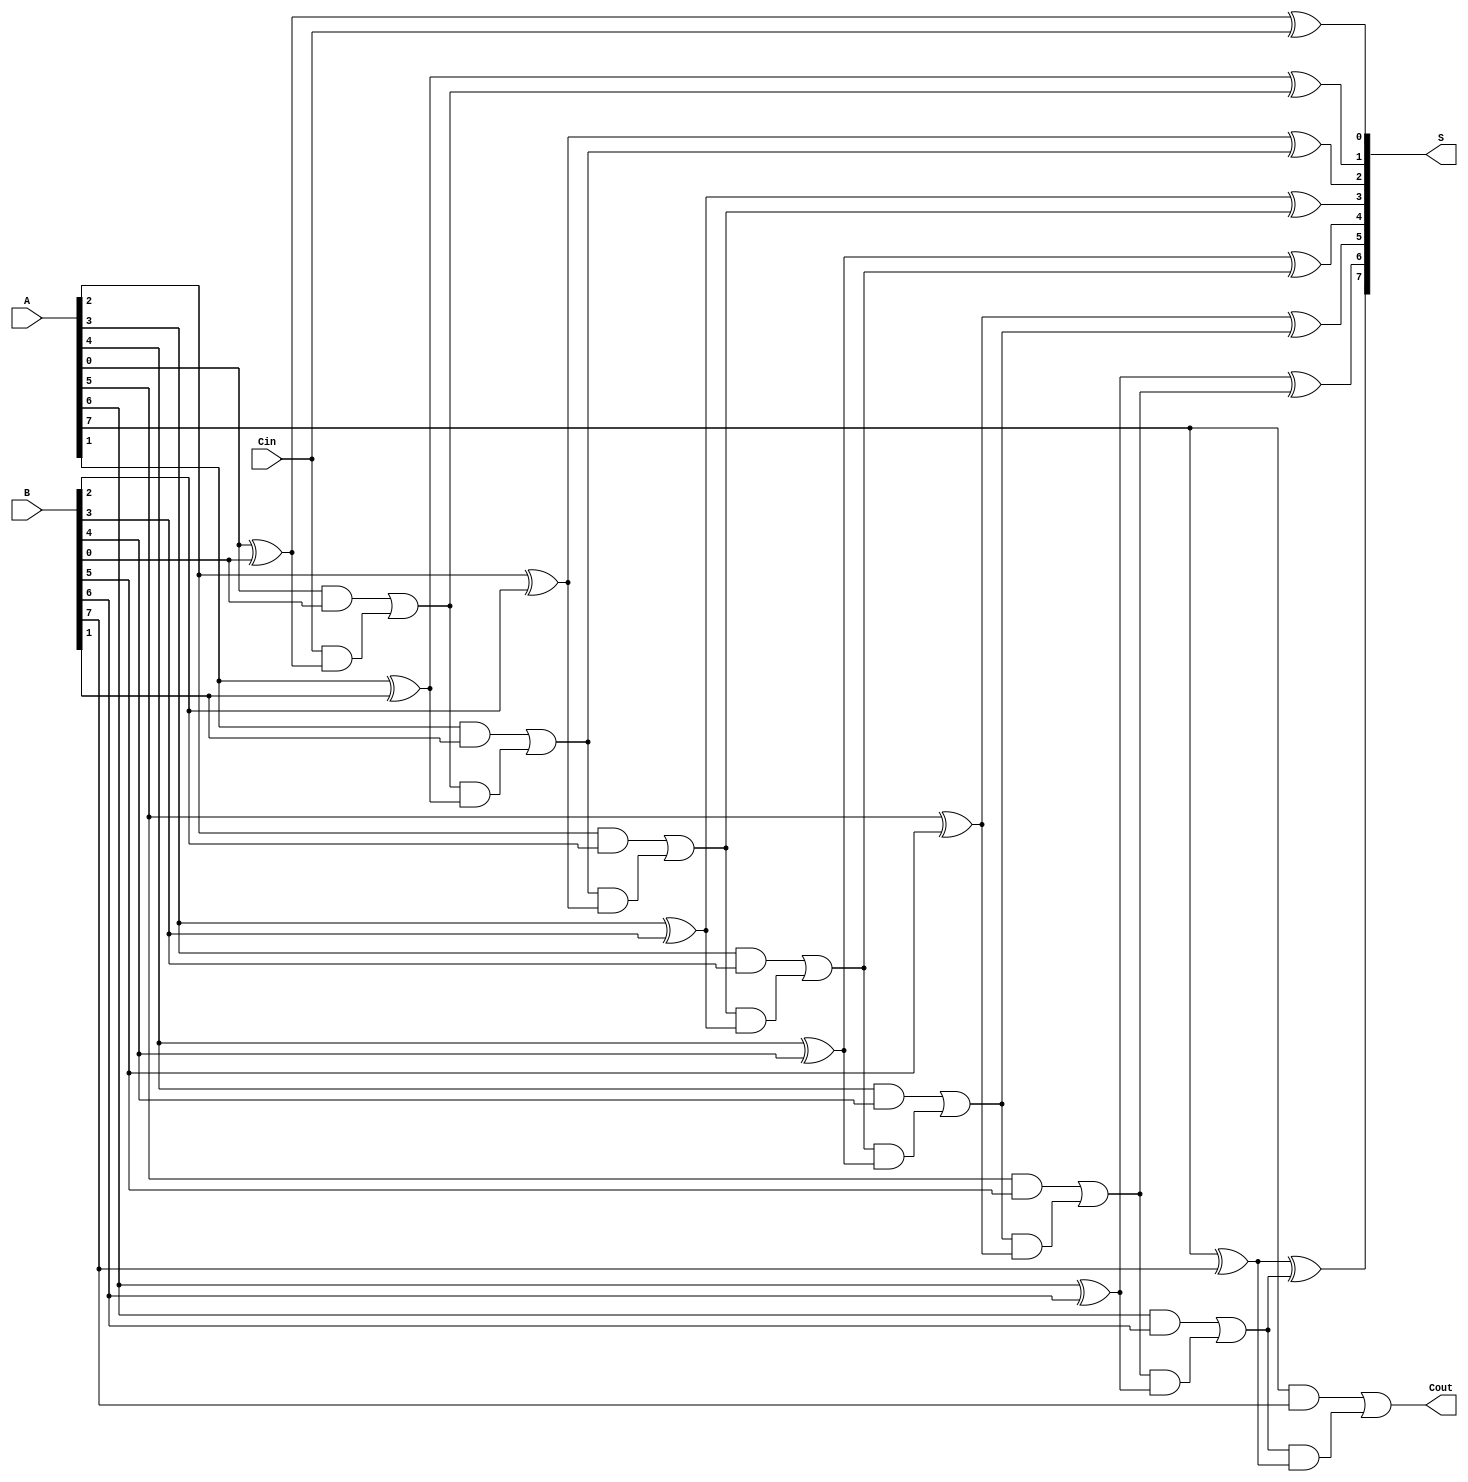
module ManchesterCarryChainAdder #(parameter N = 8) (
    input  wire [N-1:0] A,      // First binary number
    input  wire [N-1:0] B,      // Second binary number
    input  wire Cin,             // Carry-in
    output wire [N-1:0] S,       // Sum output
    output wire Cout             // Carry-out
);

    // Internal carry signals
    wire [N:0] C; // C[0] is the carry-in, C[N] is the carry-out

    // Assign the initial carry-in
    assign C[0] = Cin;

    // Generate the sum and carry signals
    genvar i;
    generate
        for (i = 0; i < N; i = i + 1) begin : adder
            // Sum calculation
            assign S[i] = A[i] ^ B[i] ^ C[i];

            // Carry calculation using Manchester Carry Chain logic
            assign C[i + 1] = (A[i] & B[i]) | (C[i] & (A[i] ^ B[i]));
        end
    endgenerate

    // Assign the final carry-out
    assign Cout = C[N];

endmodule